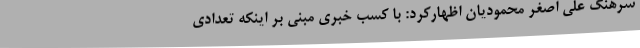
سرهنگ علی اصغر محمودیان اظهارکرد: با کسب خبری مبنی بر اینکه تعدادی